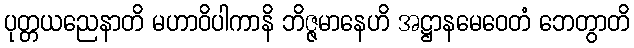
ပုတ္တယညေနာတိ မဟာဝိပါကာနိ ဘိဇ္ဇမာနေဟိ အဋ္ဌာနမေဝေတံ ဘေတွာတိ